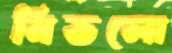
নিভলো